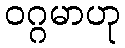
ဝဂ္ဂမာဟု